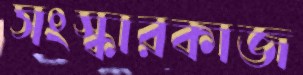
সংস্কারকাজ